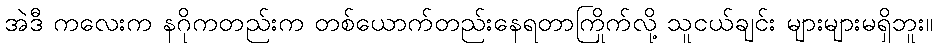
အဲဒီ ကလေးက နဂိုကတည်းက တစ်ယောက်တည်းနေရတာကြိုက်လို့ သူငယ်ချင်း များများမရှိဘူး။